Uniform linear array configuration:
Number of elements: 4
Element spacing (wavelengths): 0.5
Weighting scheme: hann
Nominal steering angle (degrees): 60
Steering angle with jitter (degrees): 61.98
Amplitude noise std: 0.05
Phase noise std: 0.05

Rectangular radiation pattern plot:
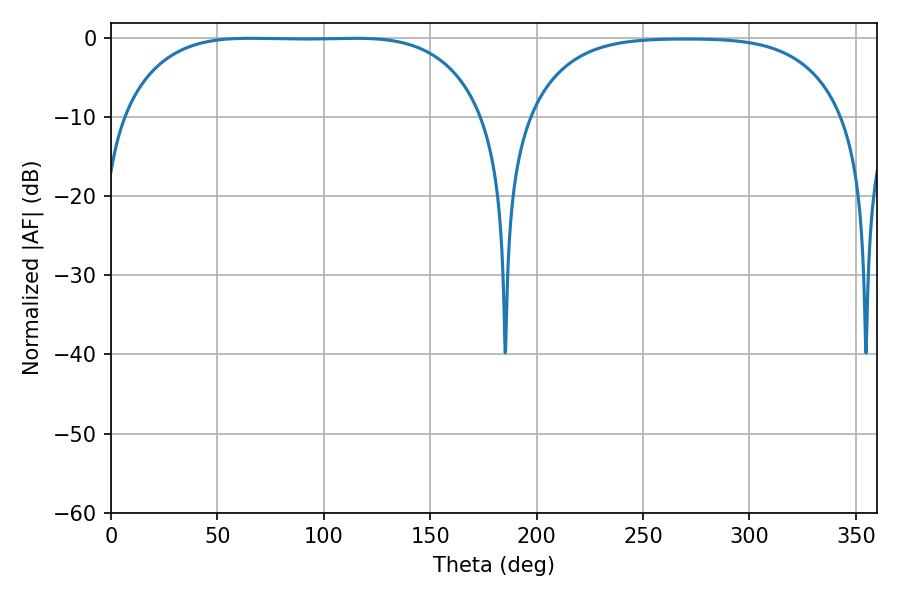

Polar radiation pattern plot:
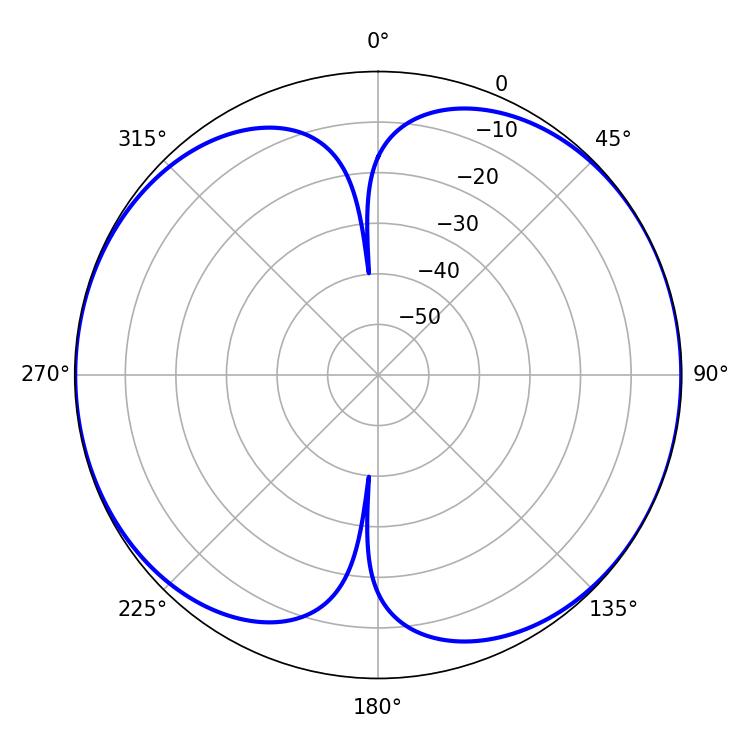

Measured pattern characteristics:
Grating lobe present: FALSE
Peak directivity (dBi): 8.956
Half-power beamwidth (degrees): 131.76
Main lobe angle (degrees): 65.34